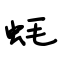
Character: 蚝